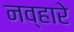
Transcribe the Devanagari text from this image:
नव्हारे